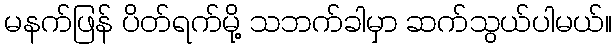
မနက်ဖြန် ပိတ်ရက်မို့ သဘက်ခါမှာ ဆက်သွယ်ပါမယ်။